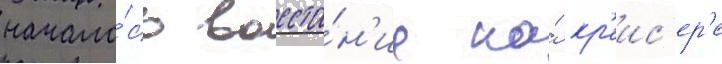
начало́сь восста́н'ие на́ кр'еис'ер'е